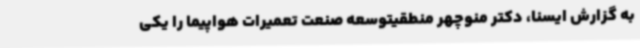
به گزارش ایسنا، دکتر منوچهر منطقیتوسعه صنعت تعمیرات هواپیما را یکی